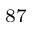
^ { 8 7 }